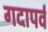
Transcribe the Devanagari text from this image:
गदापर्व